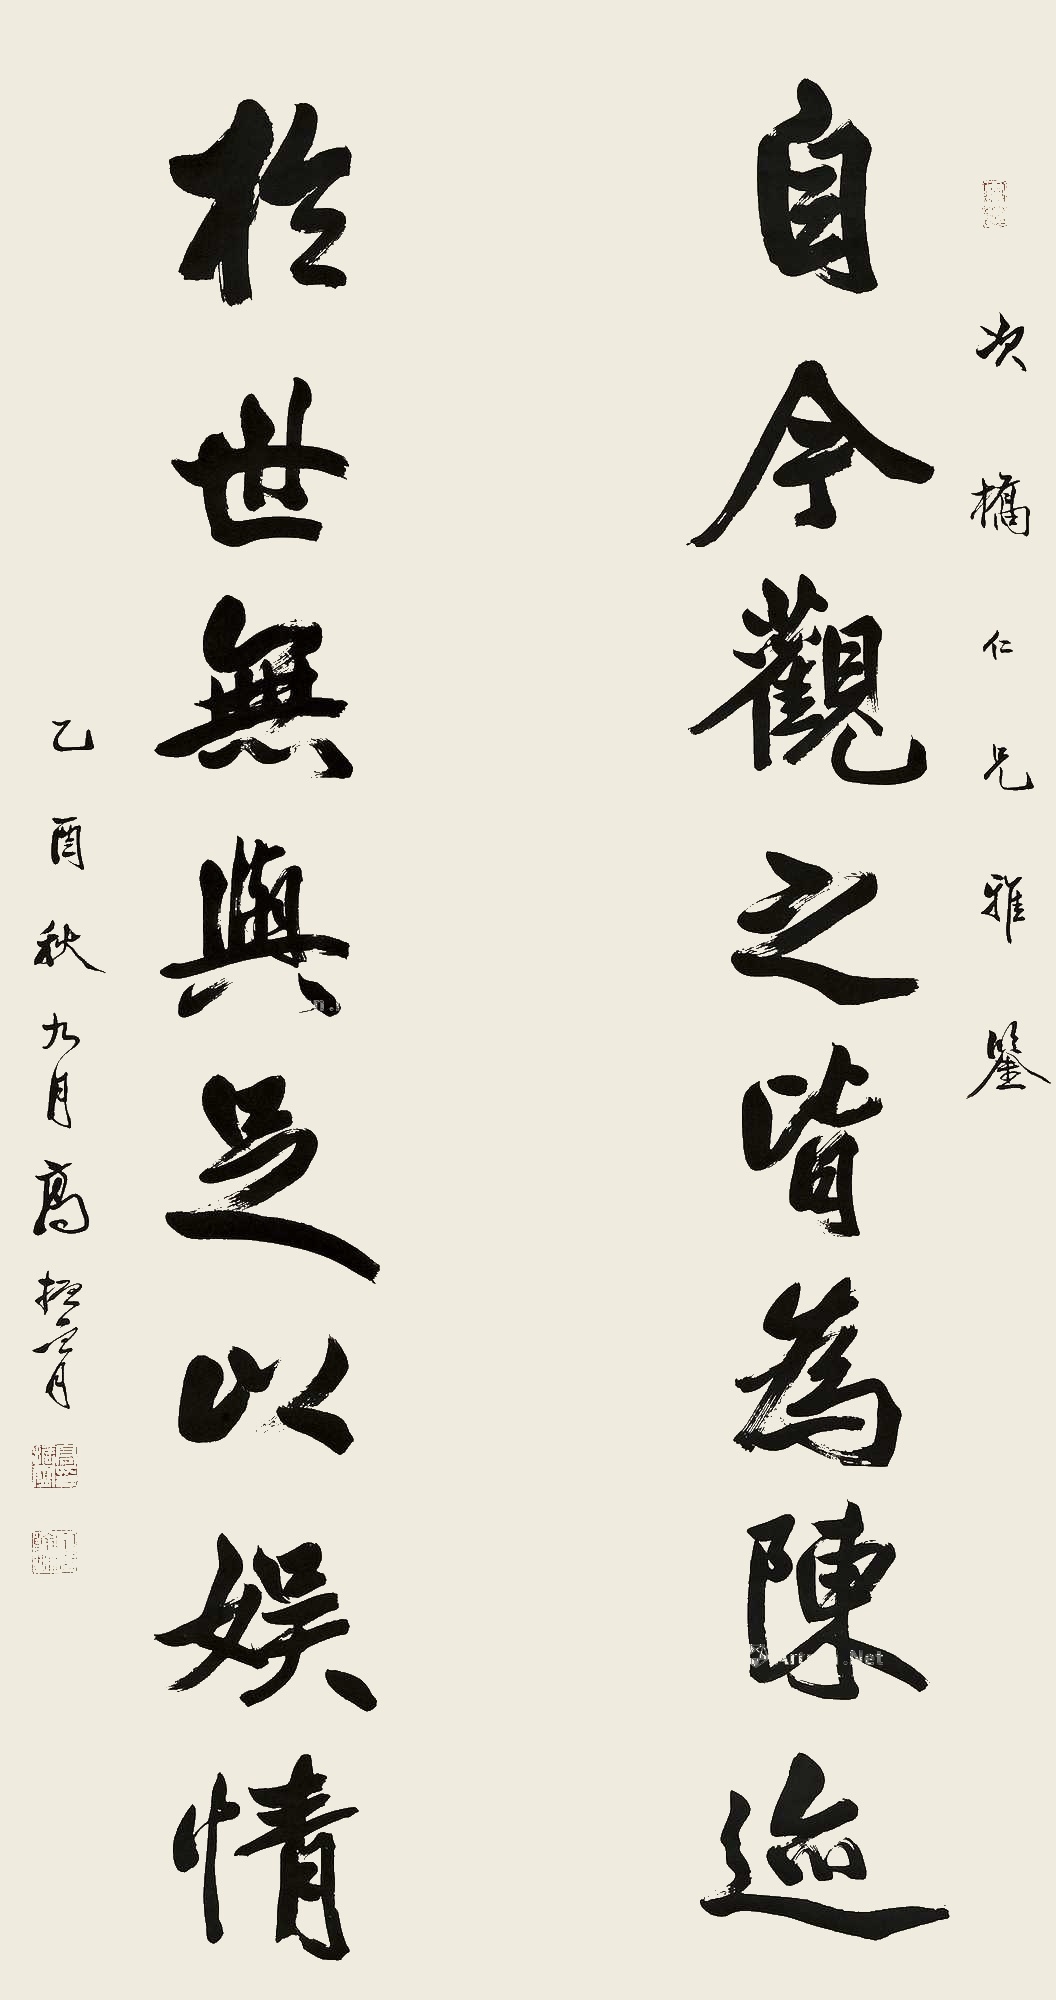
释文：自今观之皆为陈迹，于世无与足以娱情。次桥仁兄雅鉴，乙酉秋九月，高振霄。